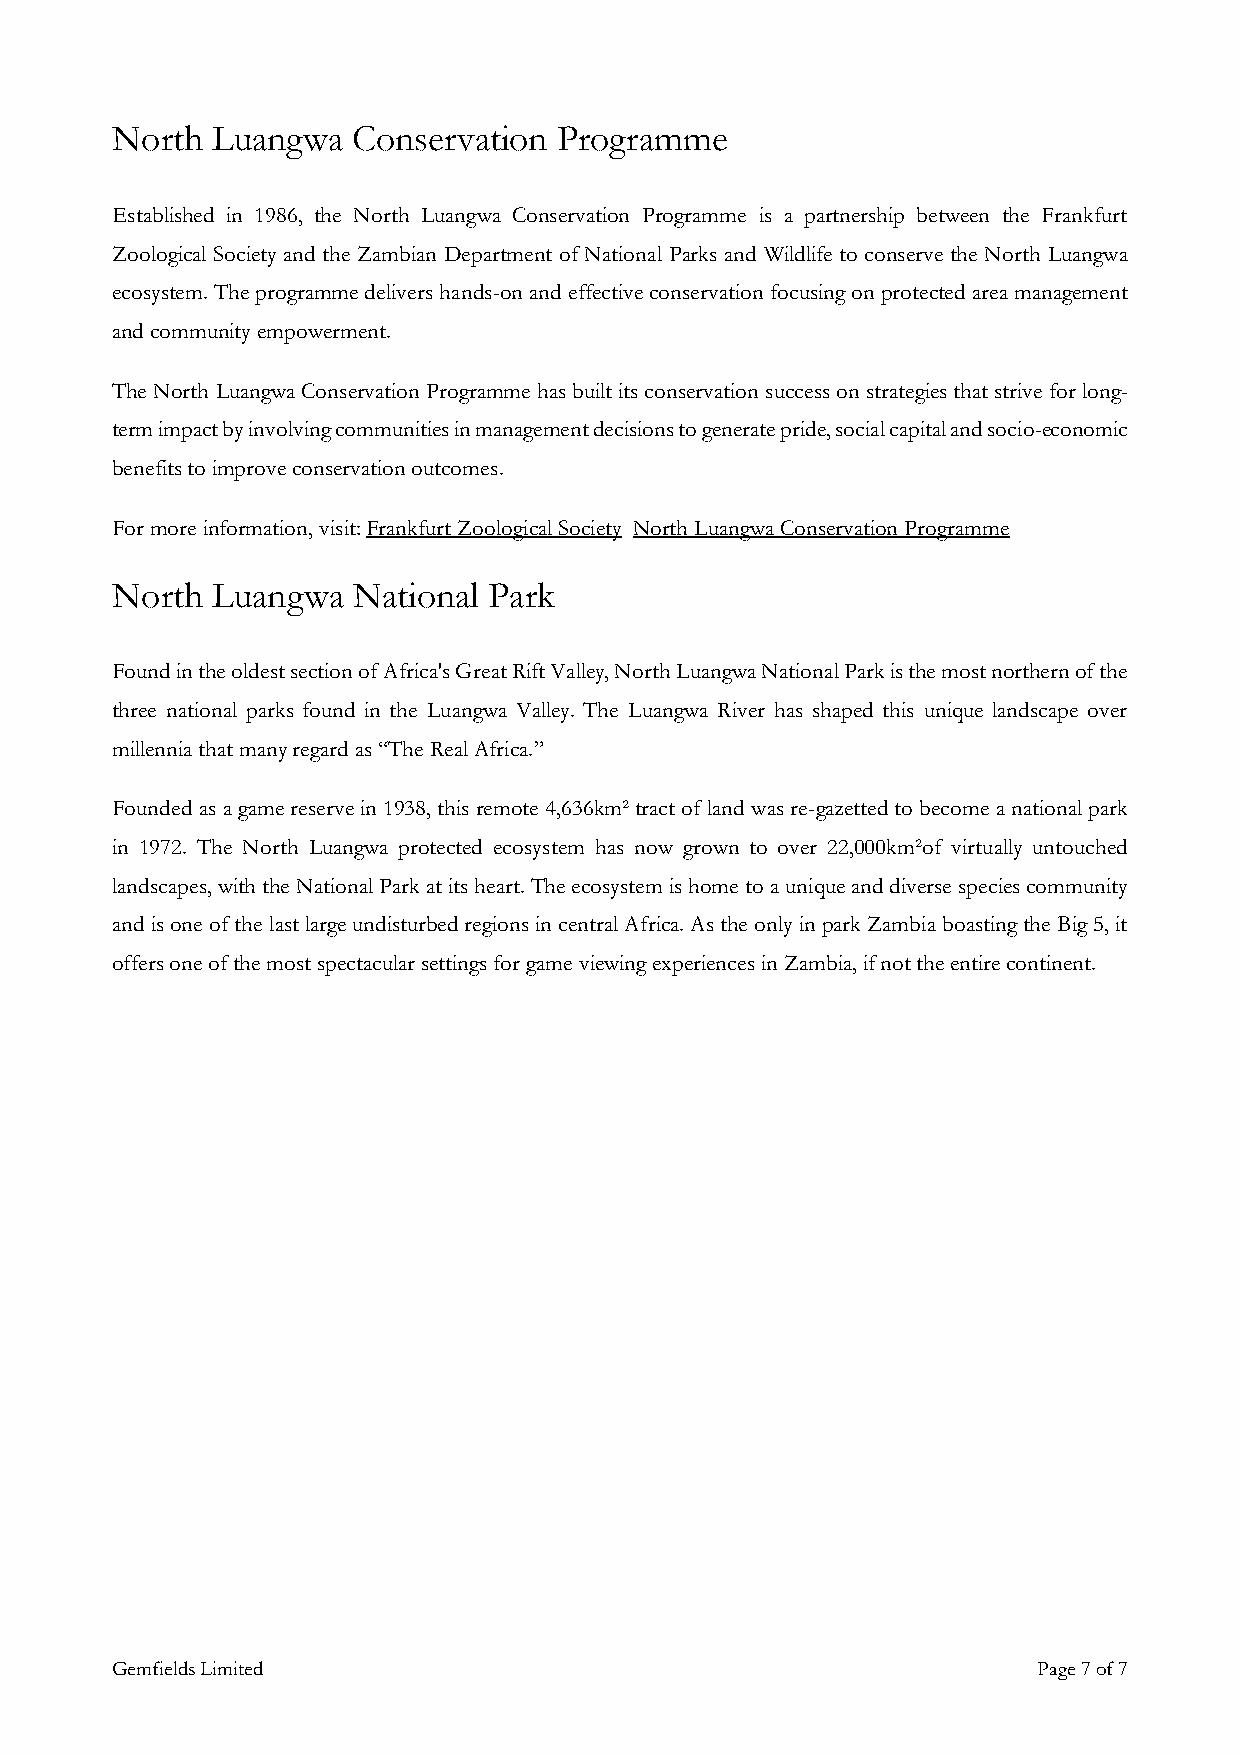
North  Luangwa  Conservation  Programme
 Established in 1986, the North Luangwa Conservation Programme is a partnership between the Frankfurt
 Zoological Society and the Zambian Department of National Parks and Wildlife to conserve the North Luangwa
 ecosystem. The programme delivers hands-on and effective conservation focusing on protected area management
 and community empowerment.
 The North Luangwa Conservation Programme has built its conservation success on strategies that strive for long-
 term impact by involving communities in management decisions to generate pride, social capital and socio-economic
 benefits to improve conservation outcomes.
 For more information, visit: Frankfurt Zoological Society North Luangwa Conservation Programme
 North  Luangwa  National Park
 Found in the oldest section of Africa's Great Rift Valley, North Luangwa National Park is the most northern of the
 three national parks found in the Luangwa Valley. The Luangwa River has shaped this unique landscape over
 millennia that many regard as “The Real Africa.”
 Founded as a game reserve in 1938, this remote 4,636km² tract of land was re-gazetted to become a national park
 in 1972. The North Luangwa protected ecosystem has now grown to over 22,000km²of virtually untouched
 landscapes, with the National Park at its heart. The ecosystem is home to a unique and diverse species community
 and is one of the last large undisturbed regions in central Africa. As the only in park Zambia boasting the Big 5, it
 offers one of the most spectacular settings for game viewing experiences in Zambia, if not the entire continent.
 Gemfields Limited                                             Page 7 of 7